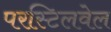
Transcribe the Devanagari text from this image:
परस्टिलवेल